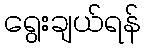
ရွေးချယ်ရန်